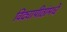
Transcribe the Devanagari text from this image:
विद्यापीठांमधे